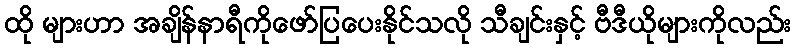
ထို များဟာ အချိန်နာရီကိုဖော်ပြပေးနိုင်သလို သီချင်းနှင့် ဗီဒီယိုများကိုလည်း